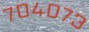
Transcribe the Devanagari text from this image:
७०४०७३